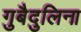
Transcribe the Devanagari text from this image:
गुबैदुलिना